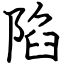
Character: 陷